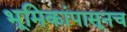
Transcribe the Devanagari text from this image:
भूमिकांपासूनच